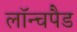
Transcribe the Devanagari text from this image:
लॉन्चपैड